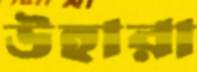
উহারা